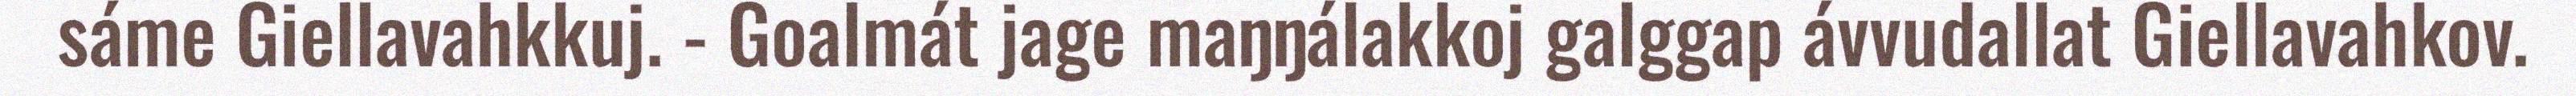
sáme Giellavahkkuj. - Goalmát jage maŋŋálakkoj galggap ávvudallat Giellavahkov.